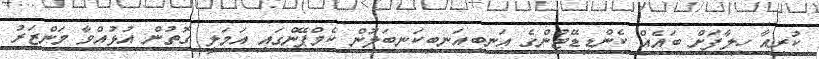
ކުރިއާ ހިލާފަށް ބައެއް ކެންޑިޑޭޓުންގެ އަނބިއަނބިކަނބަލުން ކެމްޕޭންގައި އަމަލީ ގޮތުން އުޅުއްވާ މަންޒަރު